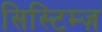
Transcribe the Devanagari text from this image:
सिस्टिम्ज़